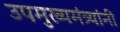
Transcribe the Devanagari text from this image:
उपमुख्यमंत्र्यांनी